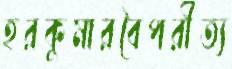
হরকুমারবৈপরীত্য